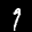
Label: 7